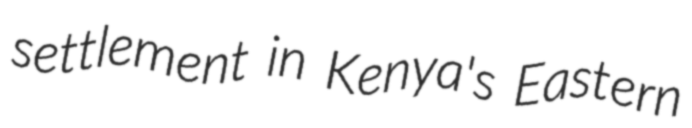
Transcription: settlement in Kenya's Eastern